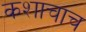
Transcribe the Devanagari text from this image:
कशाचाच